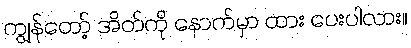
ကျွန်တော့် အိတ်ကို နောက်မှာ ထား ပေးပါလား။